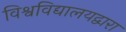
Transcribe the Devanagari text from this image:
विश्वविद्यालयद्वारा